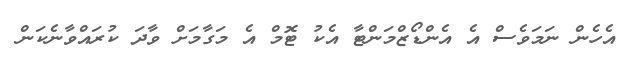
އެހެން ނަމަވެސް އެ އެންޑޯޒްމަންޓާ އެކު ޓޮމް އެ މަގާމަށް ވާދަ ކުރައްވާނެކަން